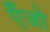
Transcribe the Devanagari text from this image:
एँजो